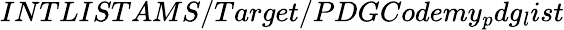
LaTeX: INTLISTAMS/Target/PDGCodemy_{p}dg_{l}ist